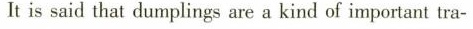
It is said that dumplings are a kind of important tra-